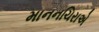
માનનચિરાએ